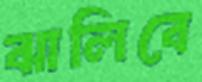
ঝালিবে